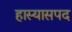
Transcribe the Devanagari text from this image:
हास्यासपद